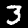
Label: 3